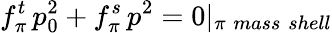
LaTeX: f_{\pi}^{t}\, p_{0}^{2}+f_{\pi}^{s}\, p^{2}=0|_{\pi\; mass\; shell}